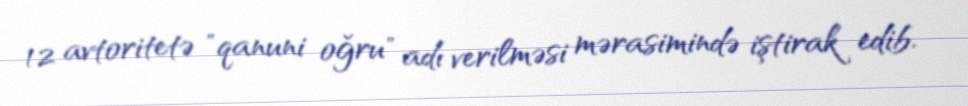
12 avtoritetə "qanuni oğru" adı verilməsi mərasimində iştirak edib.